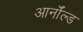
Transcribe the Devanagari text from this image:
आर्नाॅल्ड